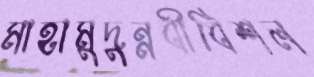
মাহামুদুন্নবীবিশল